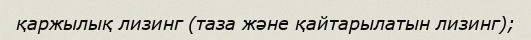
қаржылық лизинг (таза және қайтарылатын лизинг);